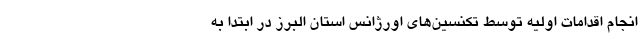
انجام اقدامات اولیه توسط تکنسین‌های اورژانس استان البرز در ابتدا به